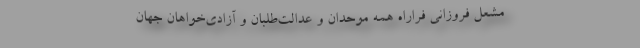
مشعل فروزانی فرا‌راه همه موحدان و عدالت‌طلبان و آزادی‌خواهان جهان